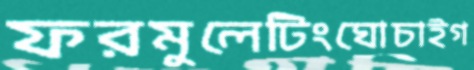
ফরমুলেটিংঘোচাইগ